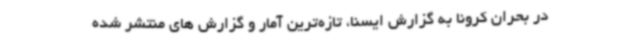
در بحران کرونا به گزارش ایسنا، تازه‌ترین آمار و گزارش های منتشر شده